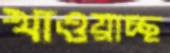
খাওয়াচ্ছ